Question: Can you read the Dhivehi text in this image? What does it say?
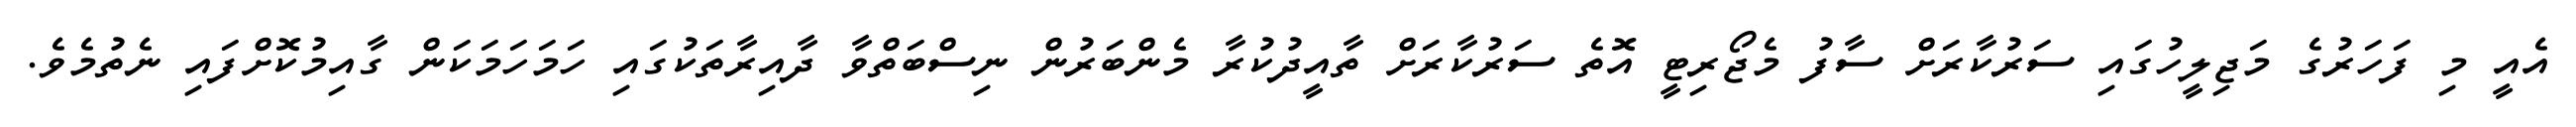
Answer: އެއީ މި ފަހަރުގެ މަޖިލީހުގައި ސަރުކާރަށް ސާފު މެޖޯރިޓީ އޮތެ ސަރުކާރަށް ތާއީދުކުރާ މެންބަރުން ނިސްބަތްވާ ދާއިރާތަކުގައި ހަމަހަމަކަން ގާއިމުކޮށްފައި ނެތުމެވެ.